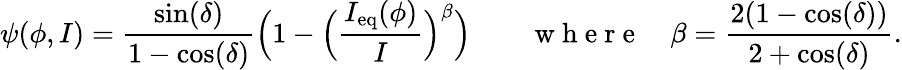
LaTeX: \psi(\phi,I)=\frac{\sin(\delta)}{1-\cos(\delta)}\Big(1-\Big(\frac{I_{\mathrm{eq}}(\phi)}{I}\Big)^{\beta}\Big)\qquad\mathrm{~w~h~e~r~e~}\quad\beta=\frac{2(1-\cos(\delta))}{2+\cos(\delta)}.